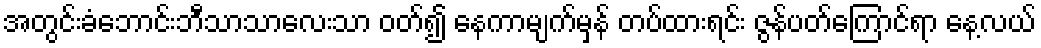
အတွင်းခံဘောင်းဘီသာသာလေးသာ ဝတ်၍ နေကာမျက်မှန် တပ်ထားရင်း ဇွန်ပတ်ကြောင်ရာ နေ့လယ်